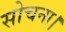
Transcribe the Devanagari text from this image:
सोचना।